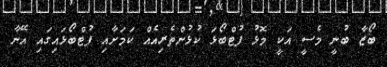
ބޯޒާ ބުނީ މެސީ އަކީ މޮޅު ފުޓްބޯޅަ ކުޅުންތެރިއެއް ކަމަށާއި ފުޓްބޯޅައިގައި އޭނާ